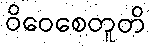
ဝိဝေစေတူတိ